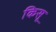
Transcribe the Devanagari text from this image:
किसू